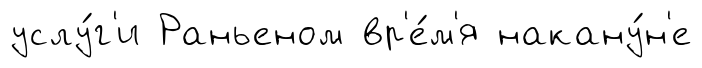
услу́г'и Раньеном вр'е́м'я накану́н'е